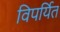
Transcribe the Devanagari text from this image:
विपर्यित